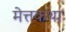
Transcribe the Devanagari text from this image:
मेत्तकथा